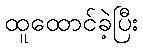
ထူထောင်ခဲ့ပြီး